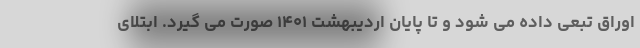
اوراق تبعی داده می شود و تا پایان اردیبهشت ۱۴۰۱ صورت می گیرد. ابتلای